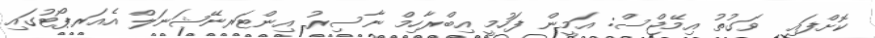
ކޮށްފައި  ވަގުތު އިމޭޖްސް: އަމީން ފަހުމީ އިބްރާހިމް ނާސިރު އިންޓަރނޭޝަނަލް އެއަރޕޯޓުގައި